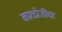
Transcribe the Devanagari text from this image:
काळोजीचा